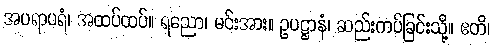
အပရာပရံ၊ အထပ်ထပ်။ ရညော၊ မင်းအား။ ဥပဋ္ဌာနံ၊ ဆည်းကပ်ခြင်းသို့။ ဧတိ၊